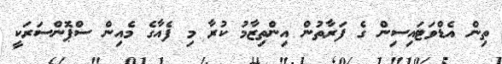
ތިން އެޑްވަޓައިސިން ގެ ފަރާތުން އިންތިޒާމު ކުރާ މި ފެއާގެ މެއިން ސްޕޮންސަރަކީ